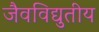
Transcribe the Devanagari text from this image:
जैवविद्युतीय